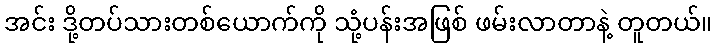
အင်း ဒို့တပ်သားတစ်ယောက်ကို သုံ့ပန်းအဖြစ် ဖမ်းလာတာနဲ့ တူတယ်။